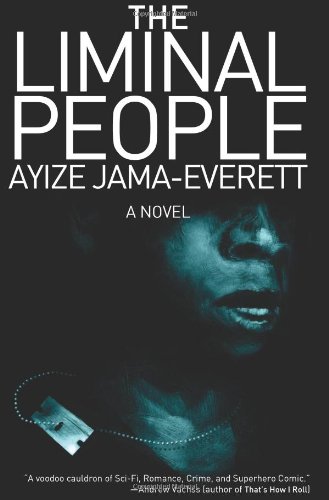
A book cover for The Liminal People: A Novel; Ayize Jama-Everett; Mystery, Thriller & Suspense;